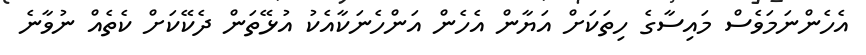
އެހެންނަމަވެސް މައިސާގެ ހިތަކަށް އަޔާން އެހެން އަންހެނަކާއެކު އުޅޭތަން ދެކޭކަށް ކެތެއް ނުވާނެ